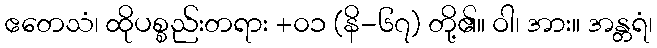
ဧတေသံ၊ ထိုပစ္စည်းတရား +၀၁ (နိ-၆၇) တို့၏။ ဝါ၊ အား။ အန္တရံ၊